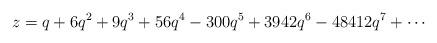
LaTeX: \begin{align*}z = q + 6 q^2 + 9 q^3 + 56 q^4 -300 q^5 + 3942 q^6 -48412 q^7 + \cdots\end{align*}